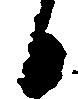
候